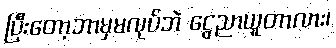
ပြီးတော့ဘာမှမလုပ်ဘဲ ငွေညာယူတာလား၊